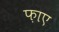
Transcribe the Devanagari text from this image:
फ़ाए